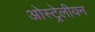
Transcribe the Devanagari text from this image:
ओस्ट्रेलीयन